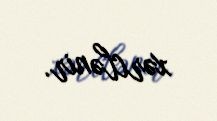
xərclənir.